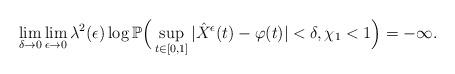
LaTeX: \begin{align*}\lim_{\delta\to0}\lim_{\epsilon\to0}\lambda^2(\epsilon)\log\mathbb P\Big(\sup_{t\in[0,1]}|\hat{X}^{\epsilon}(t)-\varphi(t)|<\delta, \chi_1<1\Big)=-\infty.\end{align*}